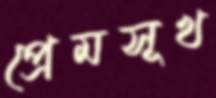
প্রেমসূখ